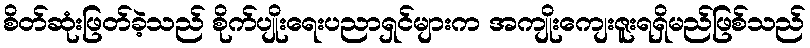
စိတ်ဆုံးဖြတ်ခဲ့သည် စိုက်ပျိုးရေးပညာရှင်များက အကျိုးကျေးဇူးရရှိမည်ဖြစ်သည်